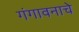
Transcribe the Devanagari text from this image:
गंगावनाचे